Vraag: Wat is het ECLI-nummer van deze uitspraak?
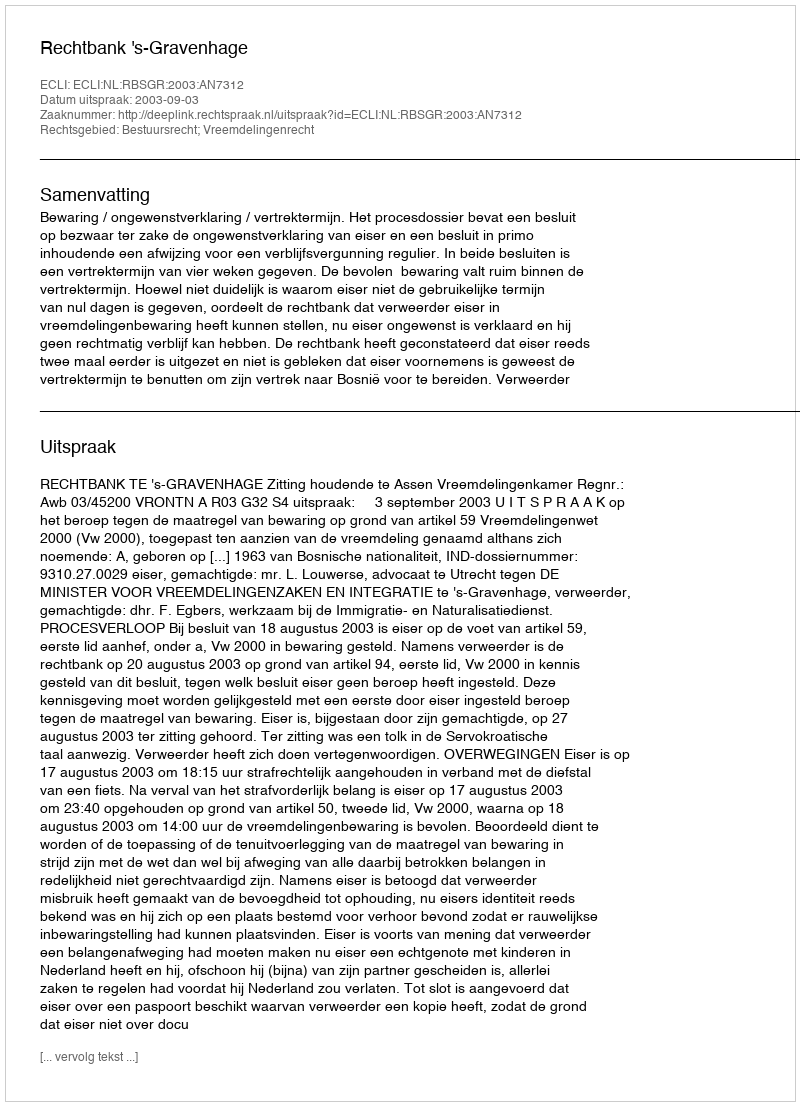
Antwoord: ECLI:NL:RBSGR:2003:AN7312